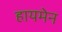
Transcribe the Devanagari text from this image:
हायमेन